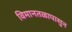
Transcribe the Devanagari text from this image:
विमानतळापासुन